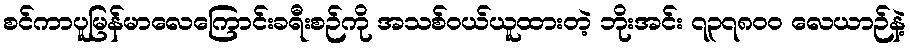
စင်ကာပူမြန်မာလေကြောင်းခရီးစဉ်ကို အသစ်ဝယ်ယူထားတဲ့ ဘိုးအင်း ၇၃၇၈၀၀ လေယာဉ်နဲ့